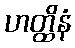
ဟတ္ထိနံ